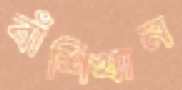
বাঁশিখান